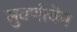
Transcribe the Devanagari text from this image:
सुवर्णत्वेन